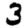
Digit: 3